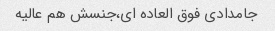
جامدادی فوق العاده ای،جنسش هم عالیه